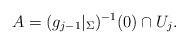
LaTeX: \begin{align*}A=(g_{j-1}|_\Sigma)^{-1}(0)\cap U_j.\end{align*}